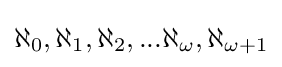
\aleph _{0},\aleph _{1},\aleph _{2},...\aleph _{\omega },\aleph _{\omega +1}